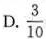
D.\frac{3}{10}